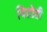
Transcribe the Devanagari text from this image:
बिद्रोही